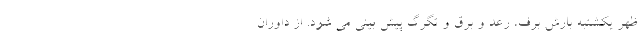
ظهر یکشنبه بارش برف، رعد و برق و تگرگ پیش بینی می شود. از داوران